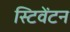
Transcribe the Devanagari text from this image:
स्टिवेंटन